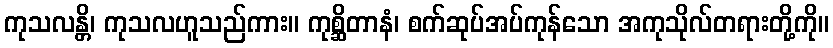
ကုသလန္တိ၊ ကုသလဟူသည်ကား။ ကုစ္ဆိတာနံ၊ စက်ဆုပ်အပ်ကုန်သော အကုသိုလ်တရားတို့ကို။